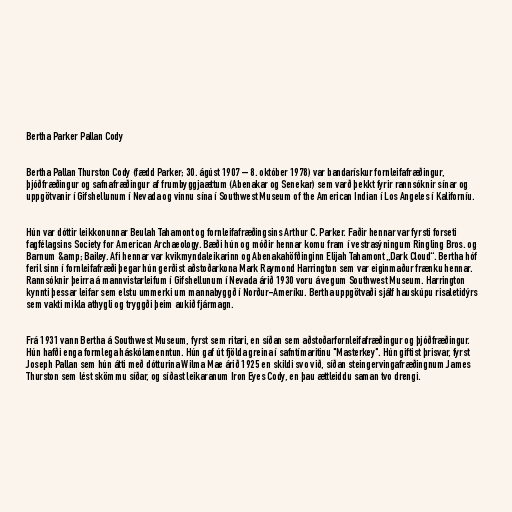
Bertha Parker Pallan Cody

Bertha Pallan Thurston Cody (fædd Parker; 30. ágúst 1907 – 8. október 1978) var bandarískur fornleifafræðingur,
þjóðfræðingur og safnafræðingur af frumbyggjaættum (Abenakar og Senekar) sem varð þekkt fyrir rannsóknir sínar og
uppgötvanir í Gifshellunum í Nevada og vinnu sína í Southwest Museum of the American Indian í Los Angeles í Kaliforníu.

Hún var dóttir leikkonunnar Beulah Tahamont og fornleifafræðingsins Arthur C. Parker. Faðir hennar var fyrsti forseti
fagfélagsins Society for American Archaeology. Bæði hún og móðir hennar komu fram í vestrasýningum Ringling Bros. og
Barnum &amp; Bailey. Afi hennar var kvikmyndaleikarinn og Abenakahöfðinginn Elijah Tahamont „Dark Cloud“. Bertha hóf
feril sinn í fornleifafræði þegar hún gerðist aðstoðarkona Mark Raymond Harrington sem var eiginmaður frænku hennar.
Rannsóknir þeirra á mannvistarleifum í Gifshellunum í Nevada árið 1930 voru á vegum Southwest Museum. Harrington
kynnti þessar leifar sem elstu ummerki um mannabyggð í Norður-Ameríku. Bertha uppgötvaði sjálf hauskúpu risaletidýrs
sem vakti mikla athygli og tryggði þeim aukið fjármagn.

Frá 1931 vann Bertha á Southwest Museum, fyrst sem ritari, en síðan sem aðstoðarfornleifafræðingur og þjóðfræðingur.
Hún hafði enga formlega háskólamenntun. Hún gaf út fjölda greina í safntímaritinu "Masterkey". Hún giftist þrisvar, fyrst
Joseph Pallan sem hún átti með dótturina Wilma Mae árið 1925 en skildi svo við, síðan steingervingafræðingnum James
Thurston sem lést skömmu síðar, og síðast leikaranum Iron Eyes Cody, en þau ættleiddu saman tvo drengi.